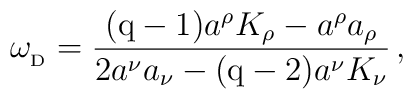
\omega_{_{\rm D}}={{(\rm q-1)} a^\rho K_\rho-a^\rho a_\rho \over  2 a^\nu a_\nu -{(\rm q-2)} a^\nu K_\nu}\, ,